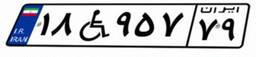
۱۸W۹۵۷۷۹